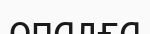
опалға